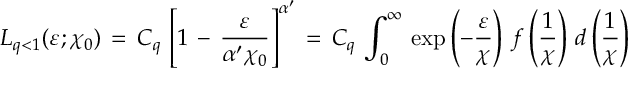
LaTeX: L _ { q < 1 } ( \varepsilon ; \chi _ { 0 } ) \, = \, C _ { q } \, \left[ 1 \, - \, \frac { \varepsilon } { \alpha ^ { \prime } \chi _ { 0 } } \right] ^ { \alpha ^ { \prime } } \, = \, C _ { q } \, \int _ { 0 } ^ { \infty } \, \exp \left( - \frac { \varepsilon } { \chi } \right) \, f \left( \frac { 1 } { \chi } \right) \, d \left( \frac { 1 } { \chi } \right)